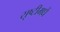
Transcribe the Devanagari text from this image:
सृष्टीमधें